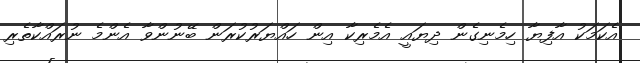
އެކަމަކު އާފިޔާ ހިމެނިގެން ދިޔައީ އެމެރިކާ އިން ހައްޔަރުކުރަން ބޭނުންވާ އެންމެ ނުރައްކާތެރި